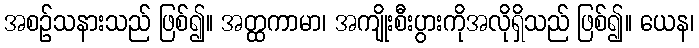
အစဉ်သနားသည် ဖြစ်၍။ အတ္ထကာမာ၊ အကျိုးစီးပွားကိုအလိုရှိသည် ဖြစ်၍။ ယေန၊